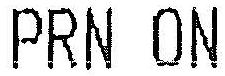
PRN ON